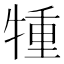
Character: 𤚏